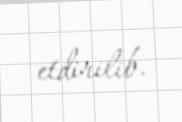
etdirilib.